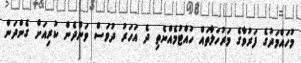
މުހައްމަދުގެ ފަރުވާގެ މަރުހަލާތައް ހުއްޓުމެއްނެތި ދެ އަހަރު ދުވަސް ވަންދެން ކުރިއަށް ގެންދަން